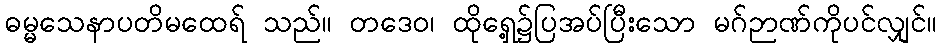
ဓမ္မသေနာပတိမထေရ် သည်။ တဒေဝ၊ ထိုရှေ့၌ပြအပ်ပြီးသော မဂ်ဉာဏ်ကိုပင်လျှင်။